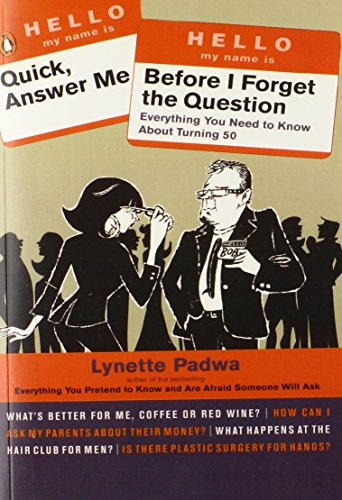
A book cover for Quick, Answer Me Before I Forget the Question: Everything You Need to Know About Turning 50; Lynette Padwa; Health, Fitness & Dieting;